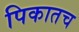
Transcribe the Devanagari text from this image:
पिकातच